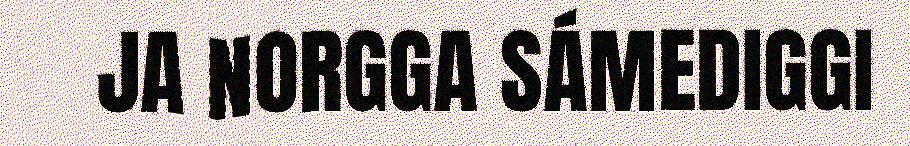
JA NORGGA SÁMEDIGGI